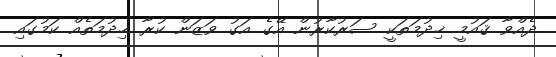
ދެއްވާ ޤައުމީ ޚިދުމަތަކީ ސަރުކާރުން އޭގެ އަގު ވަޒަން ކުރާ ޚިދުމަތެއް ކަމުގައި